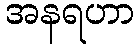
အနရဟာ